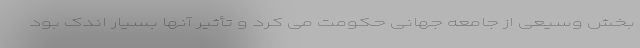
بخش وسیعی از جامعه جهانی حکومت می کرد و تأثیر آنها بسیار اندک بود